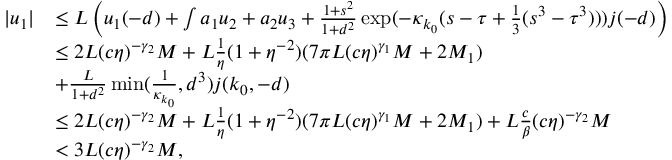
\begin{array} { r l } { \vert u _ { 1 } \vert } & { \le L \left( u _ { 1 } ( - d ) + \int a _ { 1 } u _ { 2 } + a _ { 2 } u _ { 3 } + \frac { 1 + s ^ { 2 } } { 1 + d ^ { 2 } } \exp ( - \kappa _ { k _ { 0 } } ( s - \tau + \frac 1 3 ( s ^ { 3 } - \tau ^ { 3 } ) ) ) j ( - d ) \right) } \\ & { \le 2 L ( c \eta ) ^ { - \gamma _ { 2 } } M + L \frac 1 \eta ( 1 + \eta ^ { - 2 } ) ( 7 \pi L ( c \eta ) ^ { \gamma _ { 1 } } M + 2 M _ { 1 } ) } \\ & { + \frac L { 1 + d ^ { 2 } } \operatorname* { m i n } ( \frac 1 { \kappa _ { k _ { 0 } } } , d ^ { 3 } ) j ( k _ { 0 } , - d ) } \\ & { \le 2 L ( c \eta ) ^ { - \gamma _ { 2 } } M + L \frac 1 \eta ( 1 + \eta ^ { - 2 } ) ( 7 \pi L ( c \eta ) ^ { \gamma _ { 1 } } M + 2 M _ { 1 } ) + L \frac c \beta ( c \eta ) ^ { - \gamma _ { 2 } } M } \\ & { < 3 L ( c \eta ) ^ { - \gamma _ { 2 } } M , } \end{array}